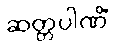
ဆတ္တပါဏိံ